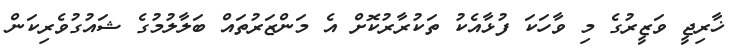
ޚާރިޖީ ވަޒީރުގެ މި ވާހަކަ ފުޅާއެކު ތަކުރާރުކޮށް އެ މަންޒަރުތައް ބަލާލުމުގެ ޝައުގުވެރިކަން